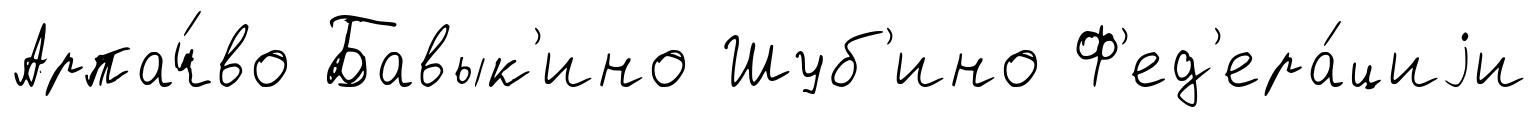
Арпач́во Бавык'ино Шуб'ино Ф'ед'ера́циjи